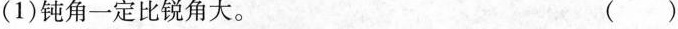
(1)钝角一定比锐角大。 ( )